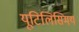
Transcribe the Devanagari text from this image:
यूटिलिसिमय